Report of the Indian Hemp Drugs Commission, 1894-1895 - Volume V
Year: 1894
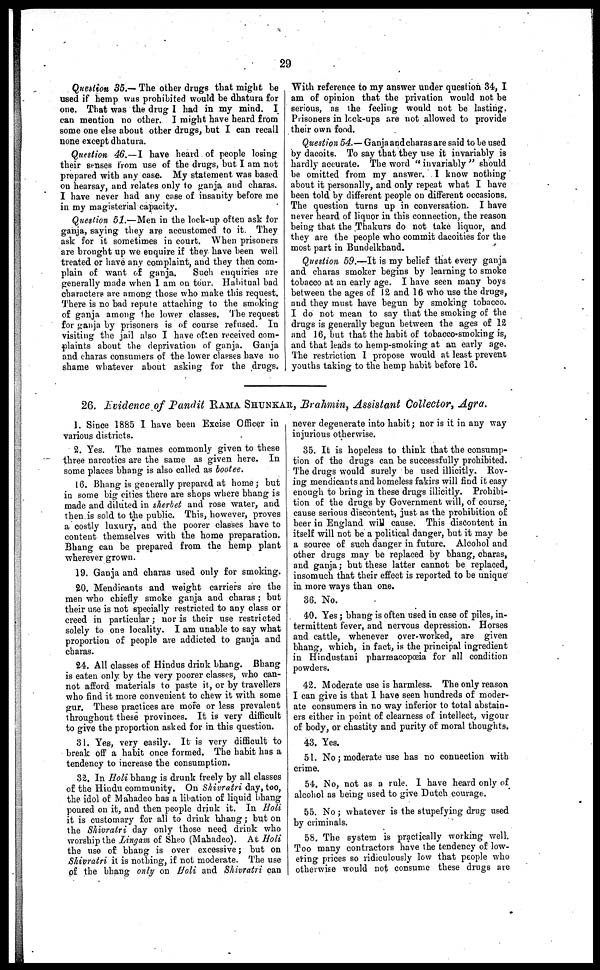
29
Question 35.— The other drugs that might he
used if hemp was prohibited would be dhatura for
one. That was the drug I had in my mind. I
can mention no other. I might have heard from
some one else about other drugs, but I can recall
none except dhatura.
Question 46.— I have heard of people losing
their senses from use of the drugs, but I am not
prepared with any case. My statement was based
on hearsay, and relates only to ganja and charas.
I have never had any case of insanity before me
in my magisterial capacity.
Question 51.— Men in the lock-up often ask for
ganja, saying they are accustomed to it. They
ask for it sometimes in court. When prisoners
are brought up we enquire if they have been well
treated or have any complaint, and they then com-
plain of want of ganja.
Such enquiries are
generally made when I am on tour. Habitual bad
characters are among those who make this request.
There is no bad repute attaching to the smoking
of ganja among the lower classes. The request
for ganja by prisoners is of course refused. In
visiting the jail also I have often received com-
plaints about the deprivation of ganja. Ganja
and charas consumers of the lower classes have no
shame whatever about asking for the drugs.
With reference to my answer under question 34, I
am of opinion that the privation would not be
serious, as the feeling would not be lasting.
Prisoners in lock-ups are not allowed to provide
their own food.
Question 54.— Ganja and charas are said to be used
by dacoits. To say that they use it invariably is
hardly accurate. The word "invariably" should
be omitted from my answer. I know nothing
about it personally, and only repeat what I have
been told by different people on different occasions.
The question turns up in conversation. I have
never heard of liquor in this connection, the reason
being that, the Thakurs do not take liquor, and
they are the people who commit dacoities for the
most part in Bundelkhand.
Question 59.—It is my belief that every ganja
and charas smoker begins by learning to smoke
tobacco at an early age. I have seen many boys
between the ages of 12 and 16 who use the drugs,
and they must have begun by smoking tobacco.
I do not mean to say that the smoking of the
drugs is generally begun between the ages of 12
and 16, but that the habit of tobacco-smoking is,
and that leads to hemp-smoking at an early age.
The restriction I propose would at least prevent
youths taking to the hemp habit before 16.
26. Evidence of Pandit RAMA SHAUNKAR, Brahmin, Assistant Collector, Agra.
1. Since 1885 I have been Excise Officer in
various districts.
2. Yes. The names commonly given to these
three narcotics are the same as given here. In
some places bhang is also called as bootee.
16. Bhang is generally prepared at home; but
in some big cities there are shops where bhang is
made and diluted in sherbet and rose water, and
then is sold to the public. This, however, proves
a costly luxury, and the poorer classes have to
content themselves with the home preparation.
Bhang can be prepared from the hemp plant
wherever grown.
19. Ganja and charas used only for smoking.
20. Mendicants and weight carriers are the
men who chiefly smoke ganja and charas; but
their use is not specially restricted to any class or
creed in particular; nor is their use restricted
solely to one locality. I am unable to say what
proportion of people are addicted to ganja and
charas.
24. All classes of Hindus drink bhang. Bhang
is eaten only by the very poorer classes, who can-
not afford materials to paste it, or by travellers
who find it more convenient to chew it with some
gur. These practices are more or less prevalent
throughout these provinces. It is very difficult
to give the proportion asked for in this question.
31. Yes, very easily. It is very difficult to
break off a habit once formed. The habit has a
tendency to increase the consumption.
32, In Holi bhang is drunk freely by all classes
of the Hindu community. On Shivratri day, too,
the idol of Mahadeo has a libation of liquid bhang
poured on it, and then people drink it. In Holi
it is customary for all to drink bhang; but on
the Shivratri day only those need drink who
worship the Lingam of Sheo (Mahadeo). At Holi
the use of bhang is over excessive; but on
Shivratri it is nothing, if not moderate. The use
of the bhang only on Holi and Shivratri can
never degenerate into habit; nor is it in any way
injurious otherwise.
35. It is hopeless to think that the consump-
tion of the drugs can be successfully prohibited.
The drugs would surely be used illicitly. Rov-
ing mendicants and homeless fakirs will find it easy
enough to bring in these drugs illicitly. Prohibi-
tion of the drugs by Government will, of course,
cause serious discontent, just as the prohibition of
beer in England will cause. This discontent in
itself will not be a political danger, but it may be
a source of such danger in future. Alcohol and
other drugs may be replaced by bhang, charas,
and ganja; but these latter cannot be replaced,
insomuch that their effect is reported to be unique
I in more ways than one.
36. No.
40. Yes; bhang is often used in case of piles, in-
termittent fever, and nervous depression. Horses
and cattle, whenever over-worked, are given
bhang, which, in fact, is the principal ingredient
in Hindustani pharmacopoeia for all condition
powders.
42. Moderate use is harmless. The only reason
I can give is that I have seen hundreds of moder-
ate consumers in no way inferior to total abstain-
ers either in point of clearness of intellect, vigour
of body, or chastity and purity of moral thoughts.
43. Yes.
51. No; moderate use has no connection with
crime.
54. No, not as a rule. I have heard only of
alcohol as being used to give Dutch courage.
55. No; whatever is the stupefying drug used
by criminals.
58. The system is practically working well.
Too many contractors have the tendency of low-
ering prices so ridiculously low that people who
otherwise would not consume these drugs are